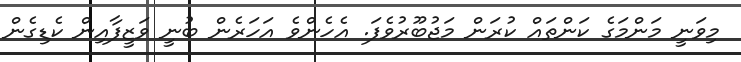
މިވަނީ މަންމަގެ ކަންތައް ކުރަން މަޖުބޫރުވެފަ. އެހެންވެ އަހަރެން ބުނީ ވަޒީފާއިން ކެޑިގެން